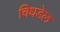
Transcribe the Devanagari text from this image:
चिघडेल